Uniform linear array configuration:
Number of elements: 24
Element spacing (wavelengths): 0.5
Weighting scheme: kaiser
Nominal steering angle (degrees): -60
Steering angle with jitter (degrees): -60.735
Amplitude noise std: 0.05
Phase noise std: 0.05

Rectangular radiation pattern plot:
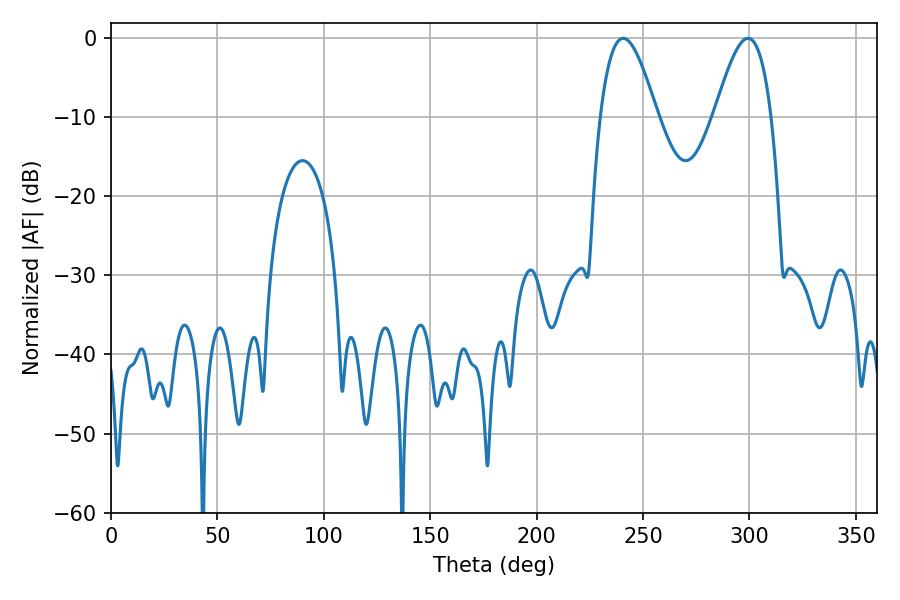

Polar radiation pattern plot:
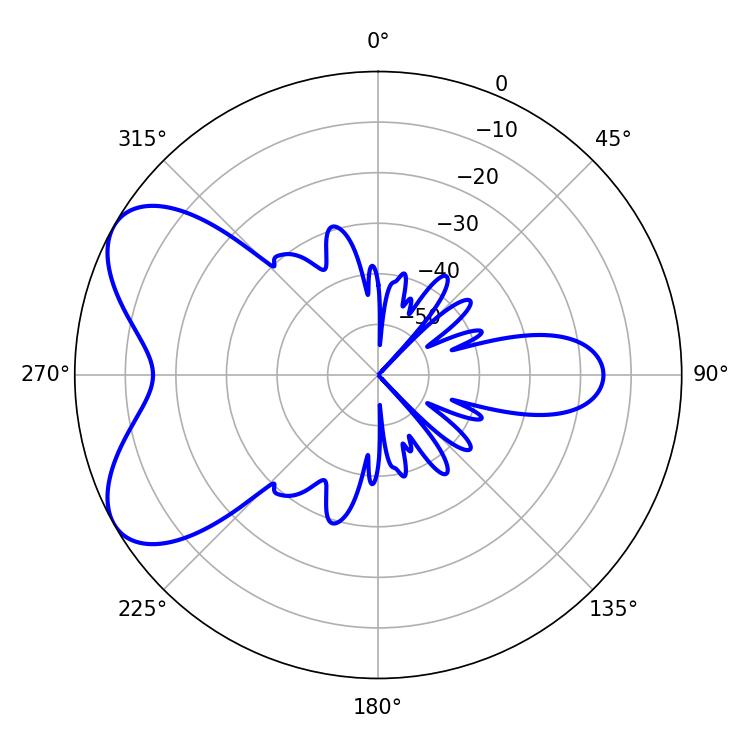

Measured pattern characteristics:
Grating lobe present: FALSE
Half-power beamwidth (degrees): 14.4
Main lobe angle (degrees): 240.66